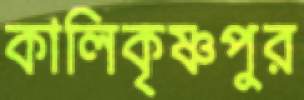
কালিকৃষ্ণপুর